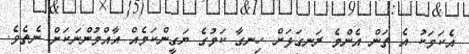
އެކަމަކު އެ ތަން އެންމެ ރަނގަޅަށް ހިނގާ ކަމުގެ ޔަގީންކަމެއް އާއްމުންނަކަށް ނެތެވެ.